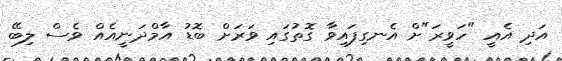
އަދި އެއީ "ހަވީރަ"ށް އެނގިފައިވާ ގޮތުގައި ވަރަށް ބޮޑު އާމްދަނީއެއް ވެސް ލިބޭ